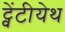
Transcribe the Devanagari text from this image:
ट्वेंटीयेथ